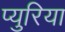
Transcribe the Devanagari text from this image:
प्युरिया